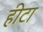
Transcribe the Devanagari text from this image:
हीटा